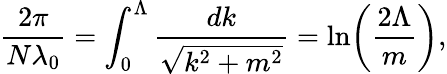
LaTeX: \frac{2\pi}{N\lambda_{0}}=\int_{0}^{\Lambda}\frac{dk}{\sqrt{k^{2}+m^{2}}}=\ln\! \left(\frac{2\Lambda}{m}\right),